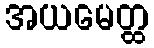
အယမေတ္ထ